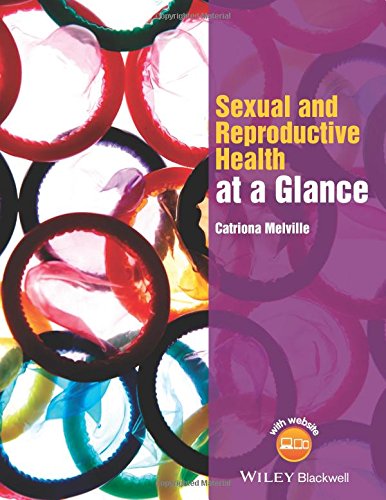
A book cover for Sexual and Reproductive Health at a Glance; Catriona Melville; Health, Fitness & Dieting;